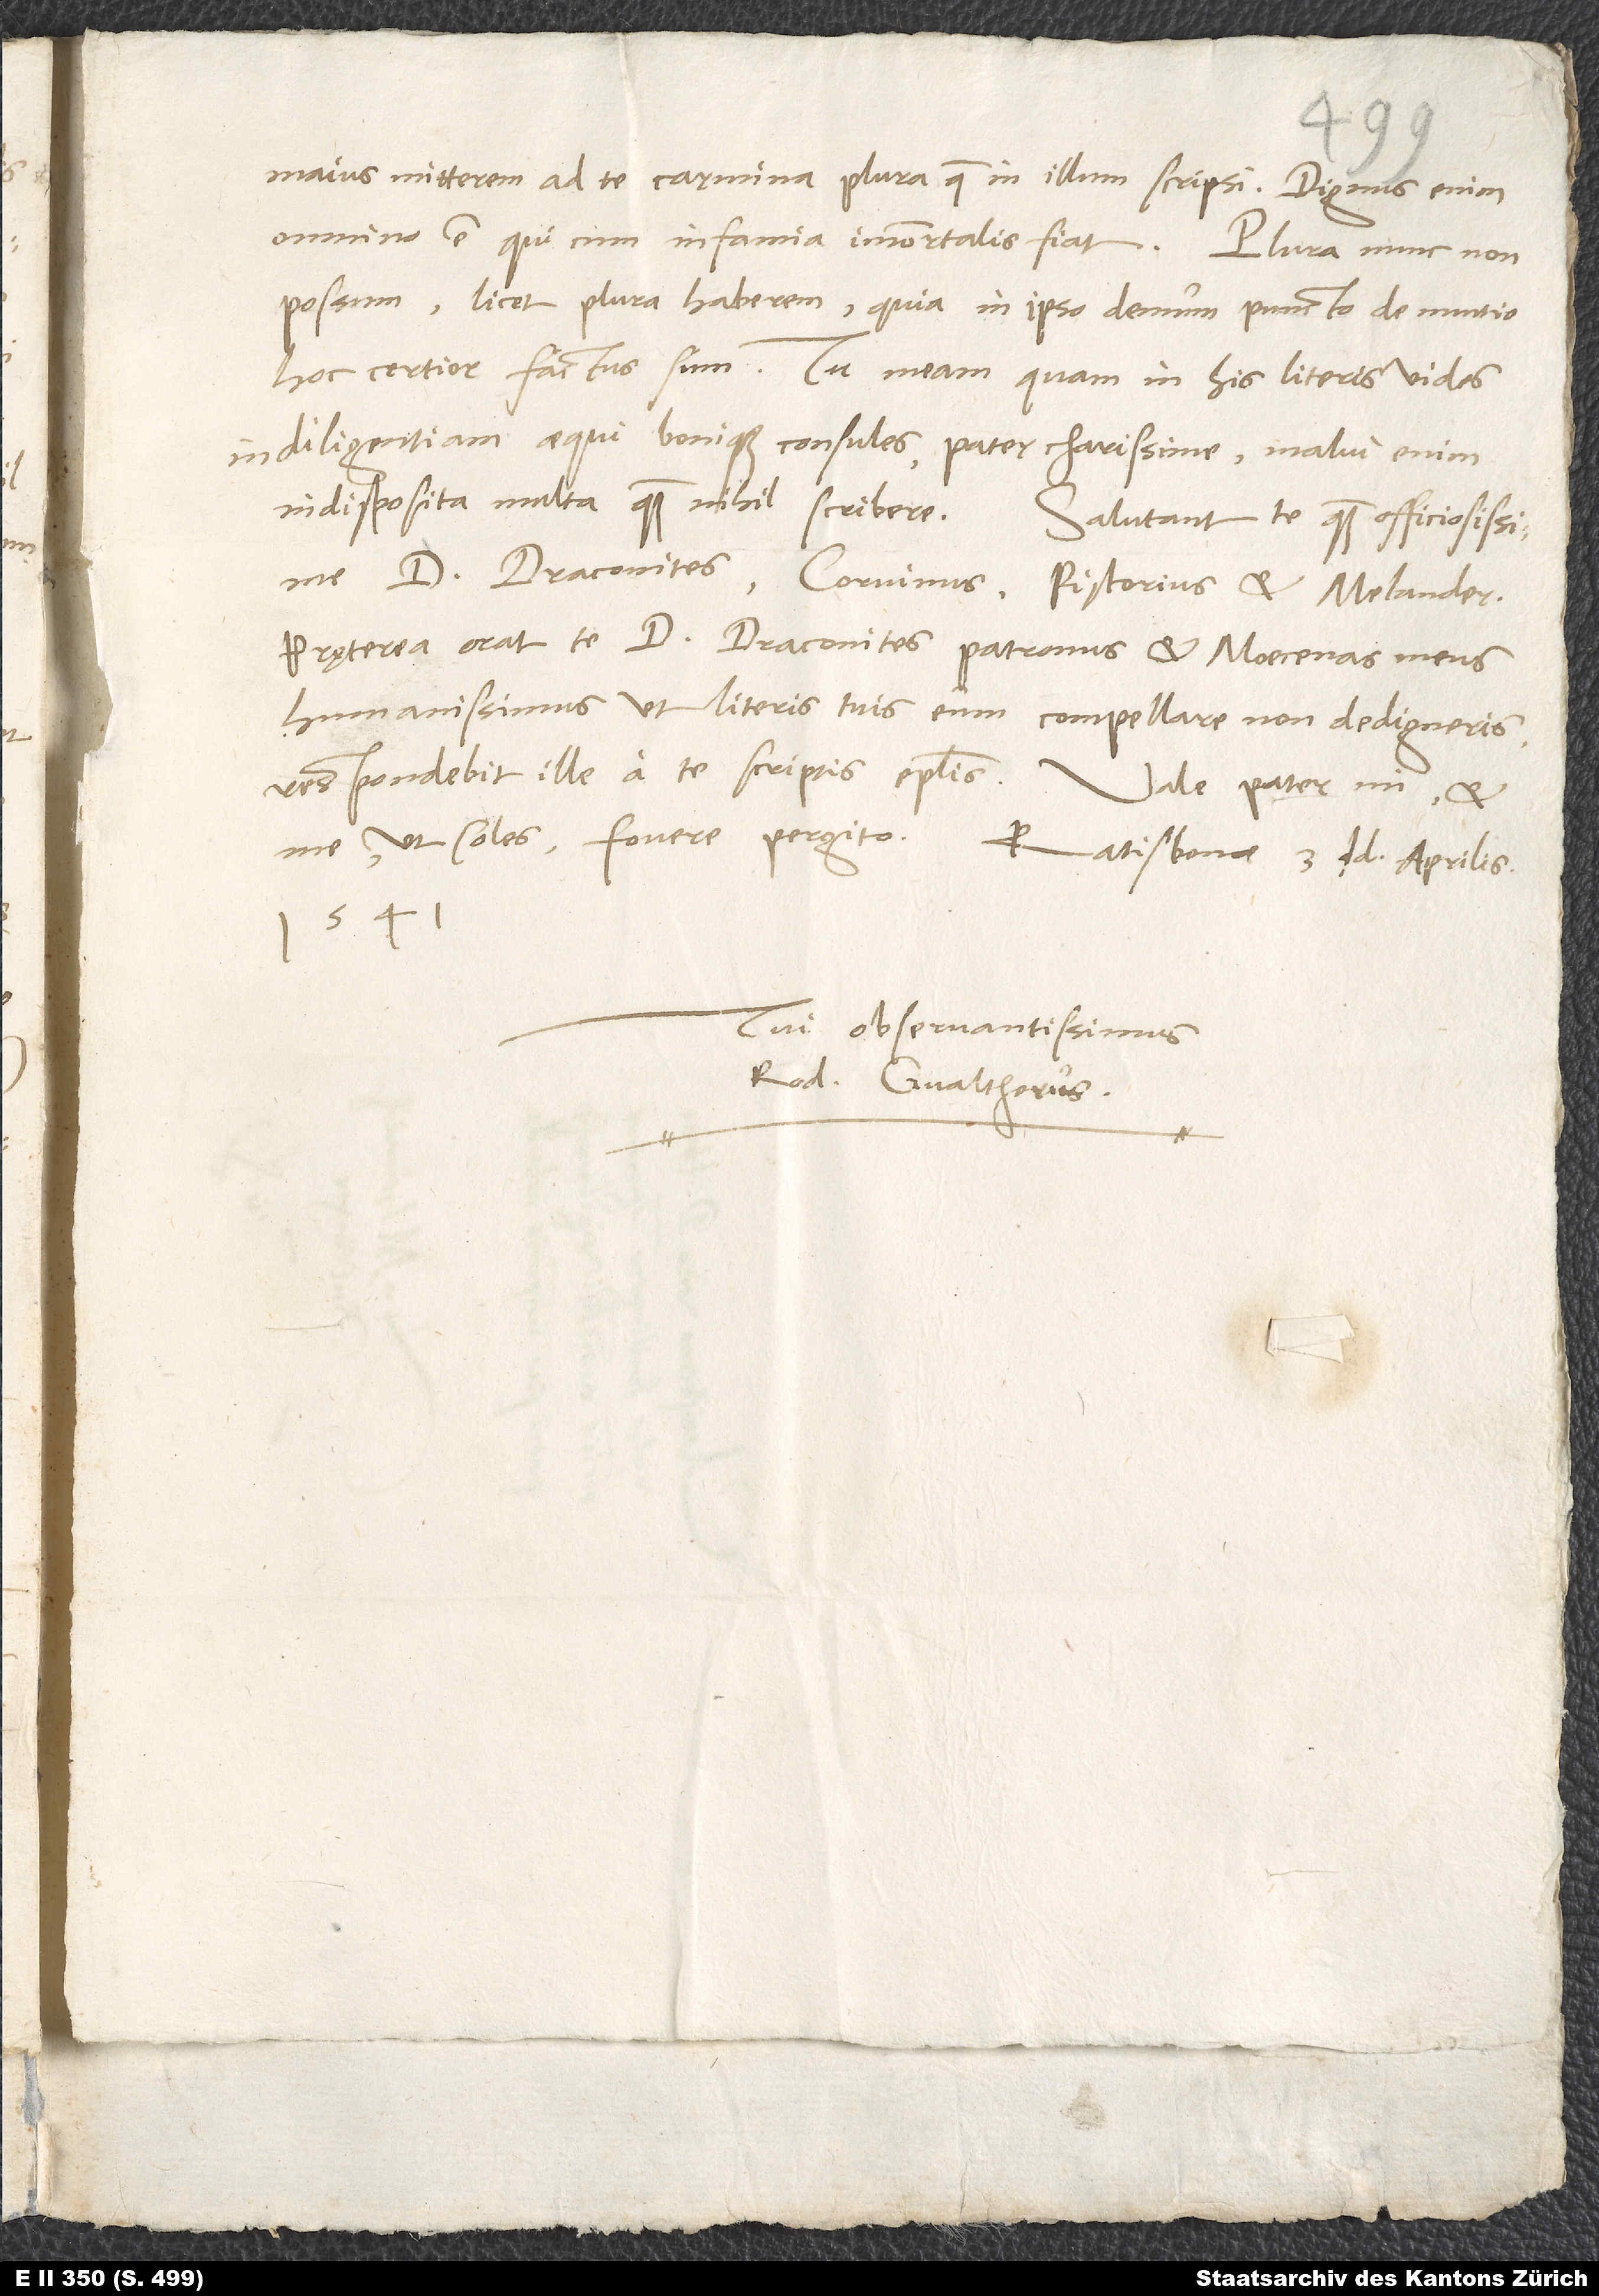
maius, mitterem ad te carmina plura, quae in illum scripsi. Dignus enim
omnino est, qui cum infamia immortalis fiat.
possum, licet plura haberem, quia in ipso demum puncto de nuntio
hoc certior factus sum. Tu meam, quam in his literis vides,
indiligentiam aequi bonique consules, pater charissime; malui enim
d. Draconites, Corvinus, Pistorius et Melander.
Pręterea orat te d. Draconites, patronus et Moecenas meus
humanissimus, ut literis tuis eum compellare non dedigneris;
respondebit ille a te scriptis epistolis. Vale, pater mi, et
1541.
Tui observantissimus
Rod. Gvaltherus.